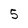
Character: 5